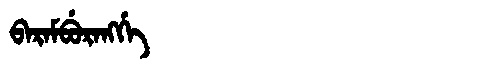
Manchu: ᠪᠠᡵᠠᠮᠪᡠᡵᠠᠩᡤᡝ
Romanization: BARAMBURANGGE